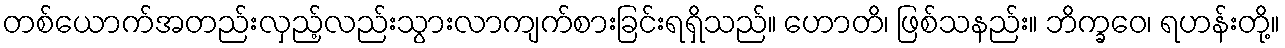
တစ်ယောက်အတည်းလှည့်လည်းသွားလာကျက်စားခြင်းရရှိသည်။ ဟောတိ၊ ဖြစ်သနည်း။ ဘိက္ခဝေ၊ ရဟန်းတို့။